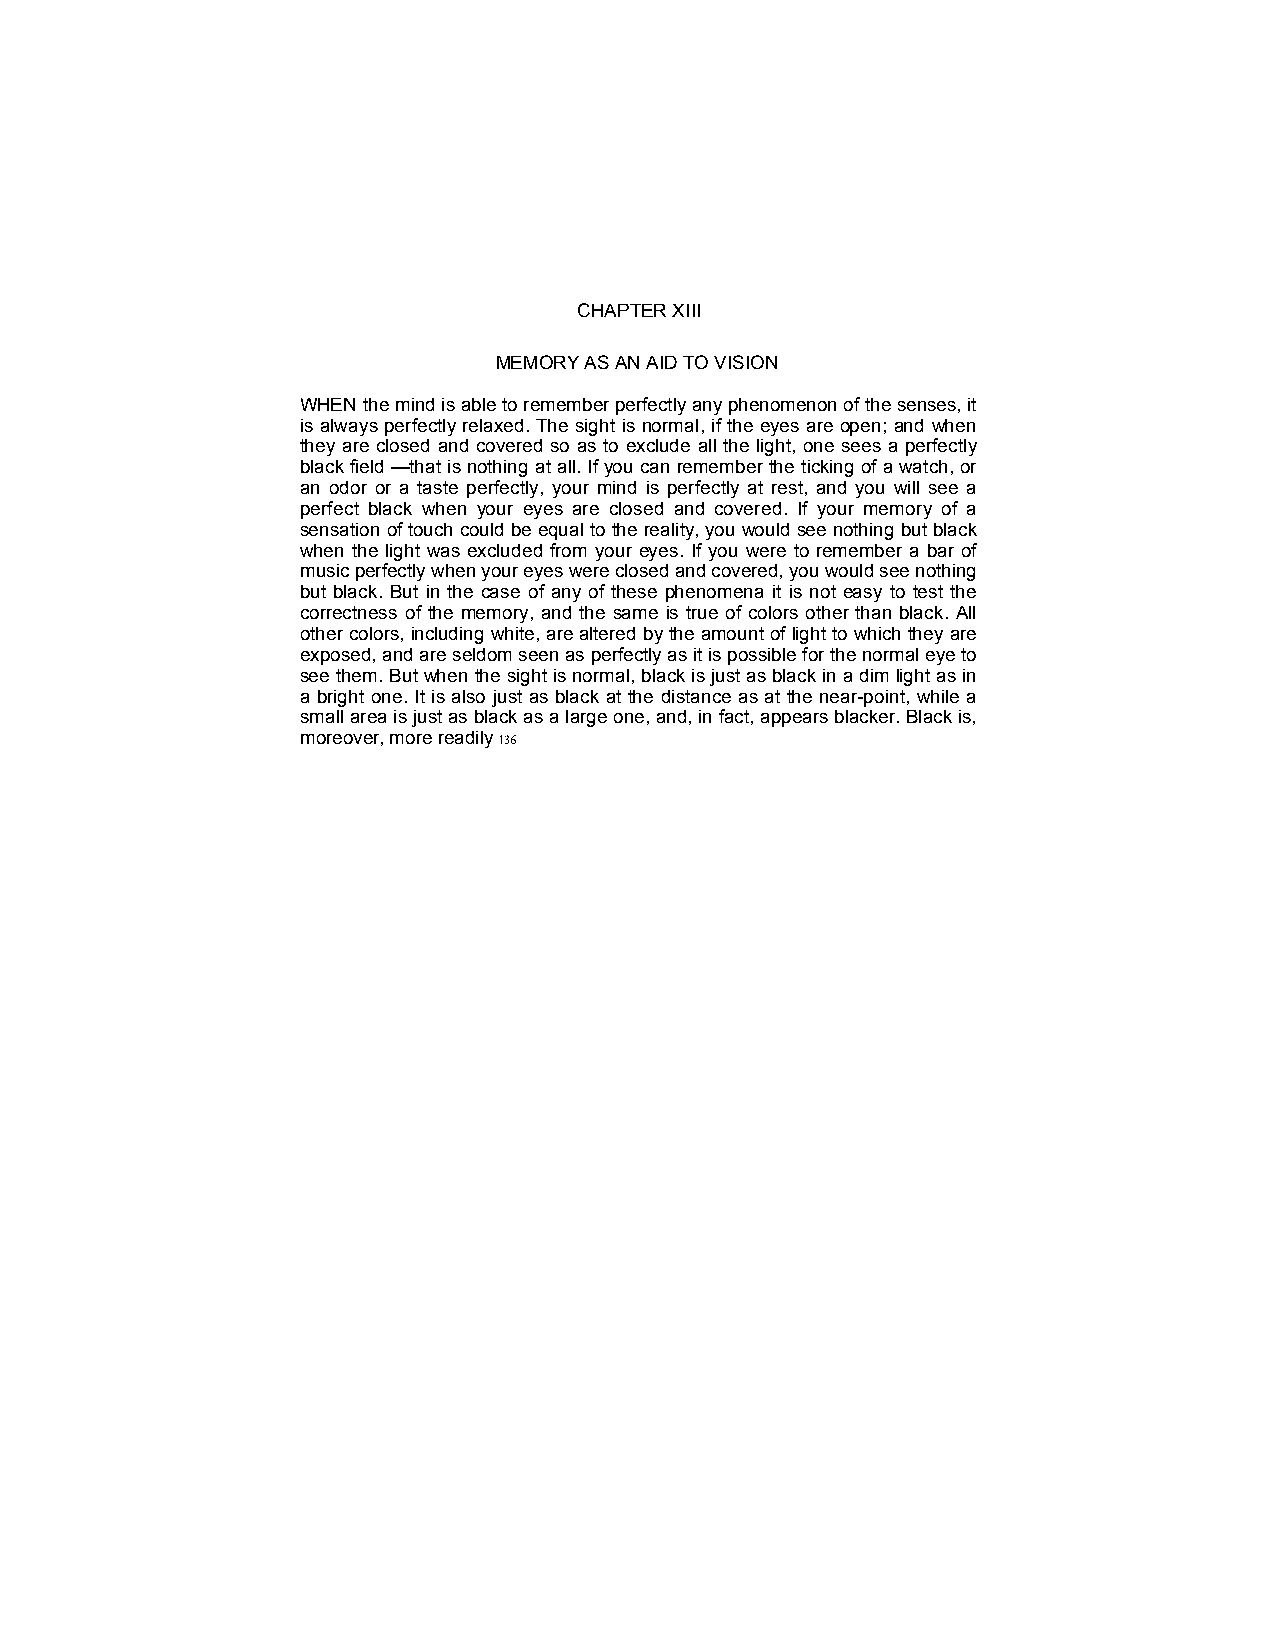
CHAPTER XIII
 MEMORY AS AN AID TO VISION
 WHEN the mind is able to remember perfectly any phenomenon of the senses, it
 is always perfectly relaxed. The sight is normal, if the eyes are open; and when
 they are closed and covered so as to exclude all the light, one sees a perfectly
 black field —that is nothing at all. If you can remember the ticking of a watch, or
 an odor or a taste perfectly, your mind is perfectly at rest, and you will see a
 perfect black when your eyes are closed and covered. If your memory of a
 sensation of touch could be equal to the reality, you would see nothing but black
 when the light was excluded from your eyes. If you were to remember a bar of
 music perfectly when your eyes were closed and covered, you would see nothing
 but black. But in the case of any of these phenomena it is not easy to test the
 correctness of the memory, and the same is true of colors other than black. All
 other colors, including white, are altered by the amount of light to which they are
 exposed, and are seldom seen as perfectly as it is possible for the normal eye to
 see them. But when the sight is normal, black is just as black in a dim light as in
 a bright one. It is also just as black at the distance as at the near-point, while a
 small area is just as black as a large one, and, in fact, appears blacker. Black is,
 moreover, more readily 136